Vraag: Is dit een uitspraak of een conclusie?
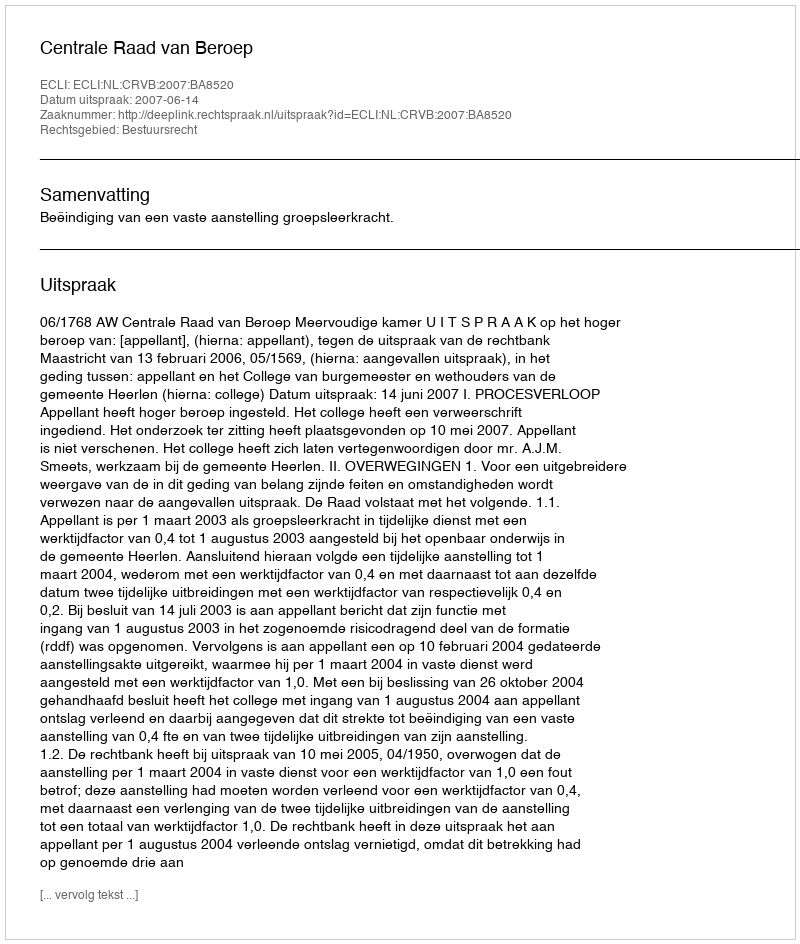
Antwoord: Uitspraak